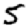
Digit: 5